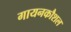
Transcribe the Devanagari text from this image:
गायनकौशल